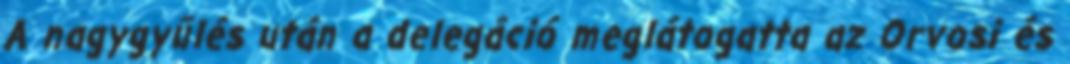
A nagygyűlés után a delegáció meglátogatta az Orvosi és